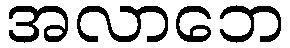
အလာဘေ